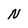
Character: N